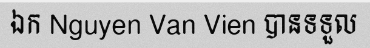
ឯក Nguyen Van Vien បានទទួល